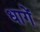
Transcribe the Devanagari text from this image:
धागें